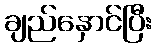
ချည်နှောင်ပြီး